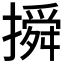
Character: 𰔦